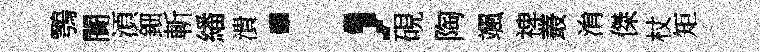
鶚闠湏鈿斬繙潰；硯陶颯禆叢㳙傑杖矩